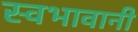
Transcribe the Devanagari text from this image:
स्वभावानी